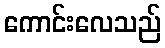
ကောင်းလေသည်